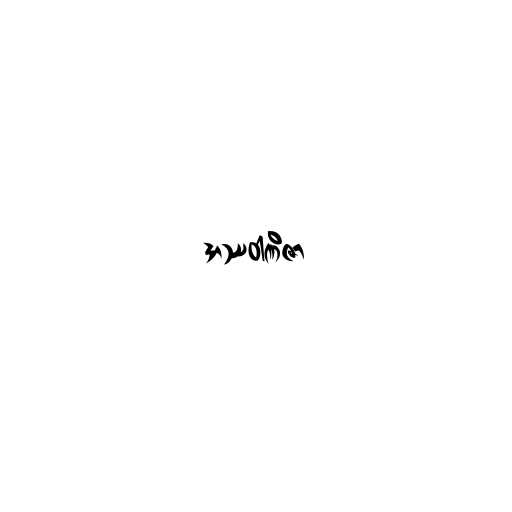
အဿဝါဏိဇာ